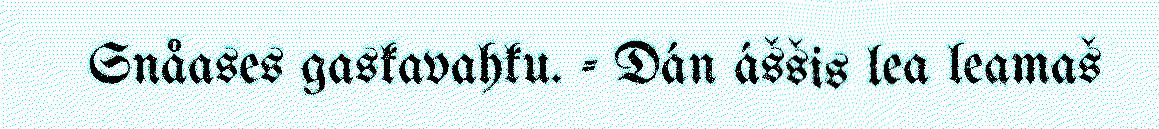
Snåases gaskavahku. - Dán áššis lea leamaš